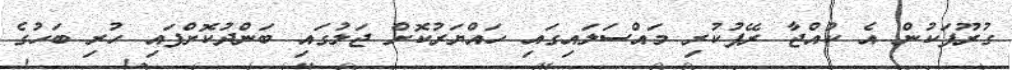
ގުރޫޕަކުން އެ ކުއްޖާ ރޭޕުކުރި މައްސަލައިގައި ހައްޔަރުކޮށް ޖަލުގައި ބަންދުކޮށްފައި ހުރި ބަހުގެ